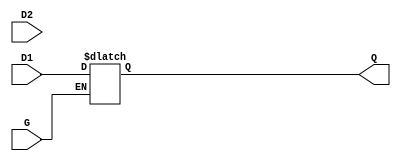
module dual_input_gated_latch (
    input wire D1,      // First data input
    input wire D2,      // Second data input
    input wire G,       // Gate control signal
    output reg Q        // Output
);

// Process to implement the gated latch behavior
always @(*) begin
    if (G) begin
        // When gate G is high, prioritize D1 over D2
        Q = D1; // or Q = D2; depending on the required priority
    end
    // When G is low, retain the last memory state
end

endmodule